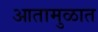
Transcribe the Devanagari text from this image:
आतामुळात